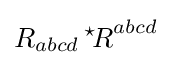
R_{abcd}\,{{}^{\star }\!R}^{abcd}